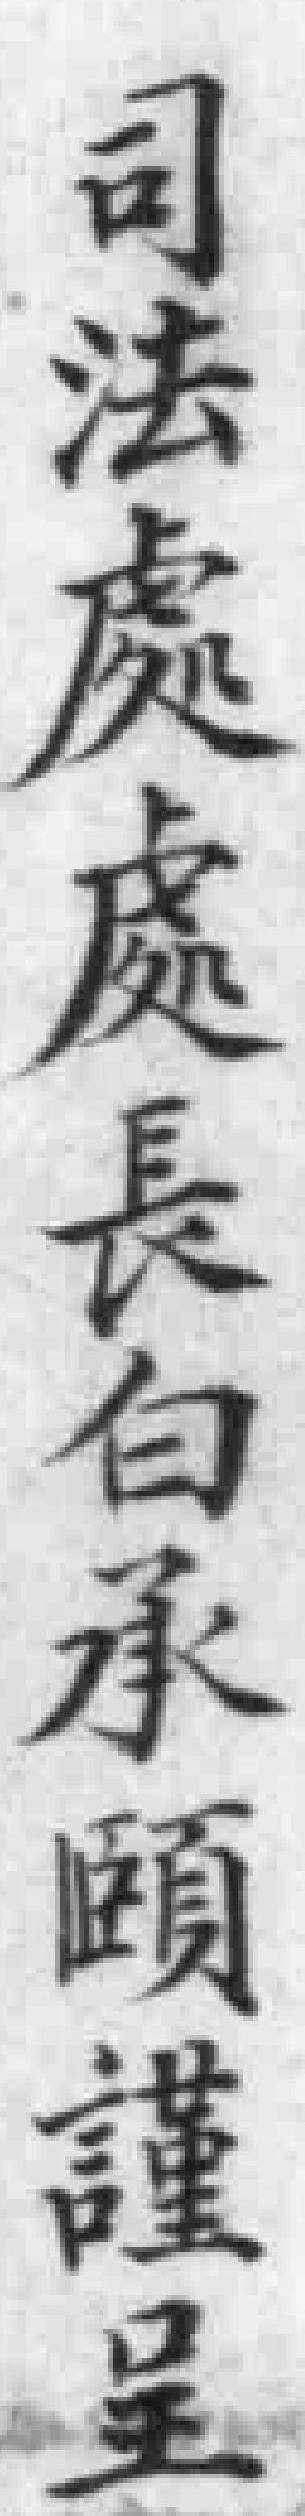
司法處處長白承頤謹呈